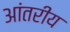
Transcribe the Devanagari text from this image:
आंतरीय